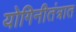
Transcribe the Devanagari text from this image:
योगिनीतंत्रात